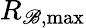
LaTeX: R_{\mathscr{B},\operatorname*{max}}